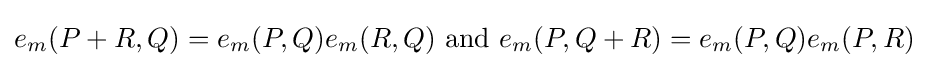
e_{m}(P+R,Q)=e_{m}(P,Q)e_{m}(R,Q){\text{ and }}e_{m}(P,Q+R)=e_{m}(P,Q)e_{m}(P,R)